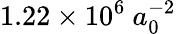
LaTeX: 1.22\times 10^{6}\ a_{0}^{-2}